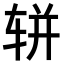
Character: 𫐌